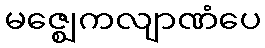
မဇ္ဈေကလျာဏံပေ